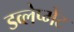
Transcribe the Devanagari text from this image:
डव्लेप्मेंट